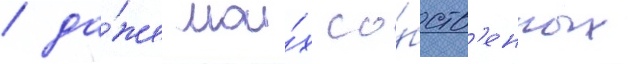
/ да́же мои́х со́бств'енных